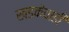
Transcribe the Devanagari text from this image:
खडकेवाडी